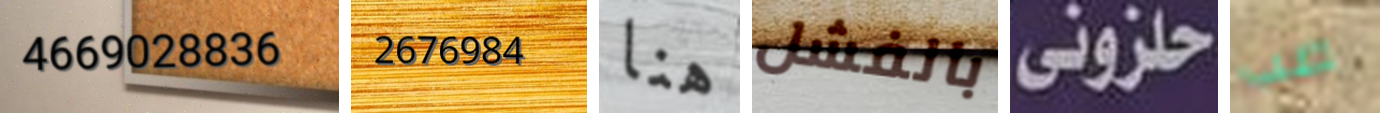
4669028836 2676984 هنا بالفشل حلزوني صب